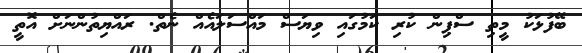
ބޭފުޅަކު މީތި ސްޕިން ކުރި ކަމުގައި ވިޔަސް މައްސަލައެއް ނެތް. ރައްޔިތުންނަށް އޮތީ